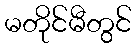
မတိုင်မီတွင်